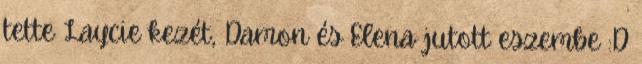
tette Laycie kezét, Damon és Elena jutott eszembe :D